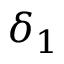
\delta _ { 1 }